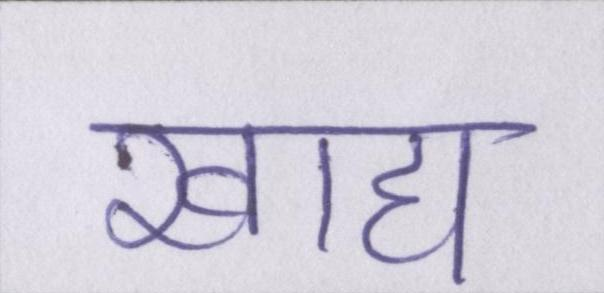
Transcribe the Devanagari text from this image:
खाद्य